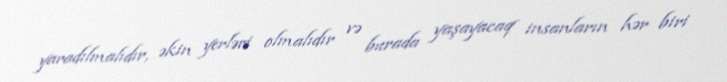
yaradılmalıdır, əkin yerləri olmalıdır və burada yaşayacaq insanların hər biri